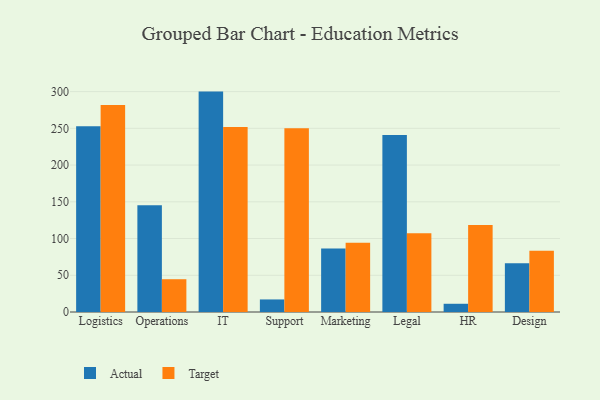
{"axis": {"x": "Department", "y": "Customer Acquisition Cost (USD)"}, "legend": ["Actual", "Target"], "data": [{"x": "Logistics", "y": 253.0, "type": "Actual"}, {"x": "Logistics", "y": 281.7, "type": "Target"}, {"x": "Operations", "y": 145.3, "type": "Actual"}, {"x": "Operations", "y": 44.6, "type": "Target"}, {"x": "IT", "y": 300.0, "type": "Actual"}, {"x": "IT", "y": 251.7, "type": "Target"}, {"x": "Support", "y": 17.1, "type": "Actual"}, {"x": "Support", "y": 250.2, "type": "Target"}, {"x": "Marketing", "y": 86.6, "type": "Actual"}, {"x": "Marketing", "y": 94.4, "type": "Target"}, {"x": "Legal", "y": 241.0, "type": "Actual"}, {"x": "Legal", "y": 107.1, "type": "Target"}, {"x": "HR", "y": 11.2, "type": "Actual"}, {"x": "HR", "y": 118.5, "type": "Target"}, {"x": "Design", "y": 66.3, "type": "Actual"}, {"x": "Design", "y": 83.5, "type": "Target"}]}